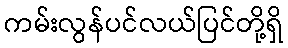
ကမ်းလွန်ပင်လယ်ပြင်တို့ရှိ